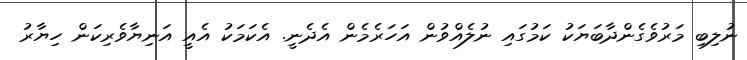
ނުލިބި މަރުވެގެންދާބަޔަކު ކަމުގައި ނުލެއްވުން އަހަރެމެން އެދެނީ. އެކަމަކު އެއީ އަނިޔާވެރިކަން ހިޔާރު